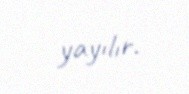
yayılır.